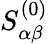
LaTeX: S_{\alpha\beta}^{(0)}